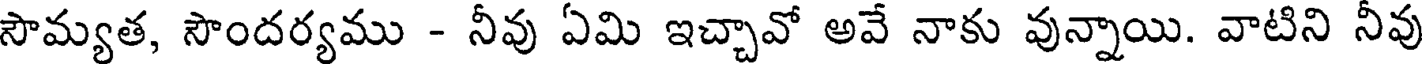
సౌమ్యత, సౌందర్యము - నీవు ఏమి ఇచ్చావో అవే నాకు వున్నాయి. వాటిని నీవు